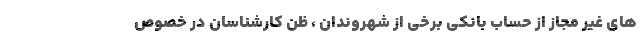
های غیر مجاز از حساب بانکی برخی از شهروندان ، ظن کارشناسان در خصوص